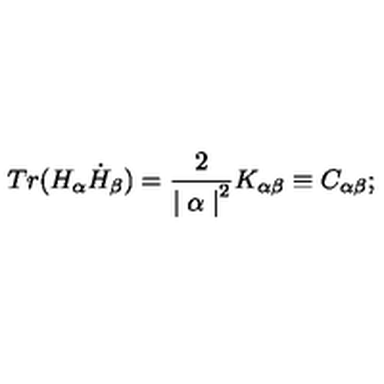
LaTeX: T r ( H _ { \alpha } \dot { H } _ { \beta } ) = { \frac { 2 } { { \mid \alpha \mid } ^ { 2 } } } K _ { \alpha \beta } \equiv C _ { \alpha \beta } ;